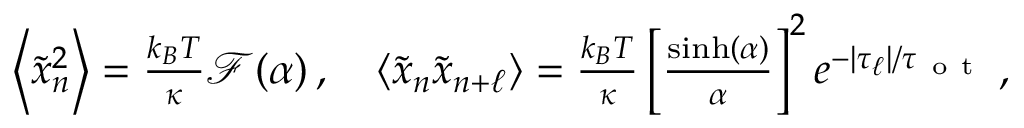
\begin{array} { r } { \left\langle \tilde { x } _ { n } ^ { 2 } \right\rangle = \frac { k _ { B } T } { \kappa } \mathcal { F } ( \alpha ) \, , \quad \left\langle \tilde { x } _ { n } \tilde { x } _ { n + \ell } \right\rangle = \frac { k _ { B } T } { \kappa } \left[ \frac { \sinh ( \alpha ) } { \alpha } \right] ^ { 2 } e ^ { - | \tau _ { \ell } | / \tau _ { \mathrm { ~ o ~ t ~ } } } \, , } \end{array}